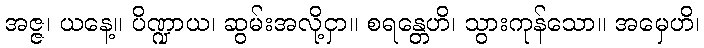
အဇ္ဇ၊ ယနေ့။ ပိဏ္ဍာယ၊ ဆွမ်းအလို့ငှာ။ စရန္တေဟိ၊ သွားကုန်သော။ အမှေဟိ၊